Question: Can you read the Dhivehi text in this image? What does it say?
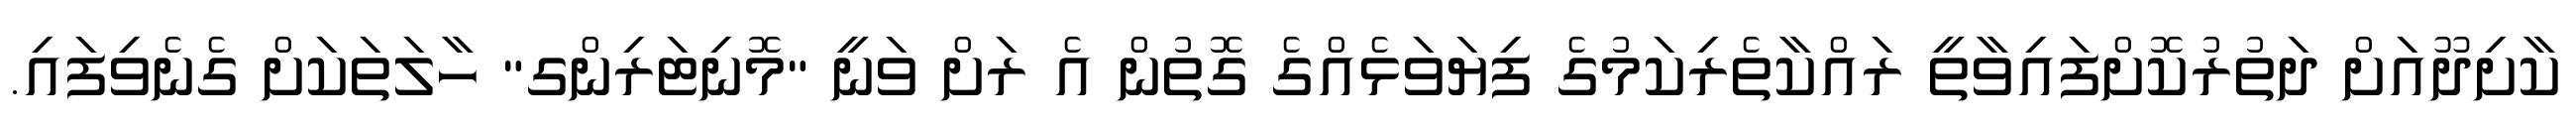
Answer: ކާށިދޫއަށް ދަތުރުކޮށްފައިވާތީ ރައްކާތެރިކަމުގެ ފިޔަވަޅެއްގެ ގޮތުން އެ ރަށް ވަނީ "މޮނިޓަރިންގ" ހާލަތަކަށް ގެނެވިފައި.